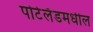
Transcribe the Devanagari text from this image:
पोर्टलँडमधील